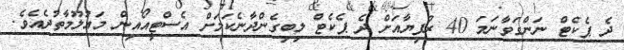
ދެ ޕެކެޓް ނަންގަވާނަމަ 40 ރުފިޔާއަށް ދެ ޕެކެޓް ލިބިގެންދާނެކަމަށް އެސްޓީއޯއިން މައުލޫމާތުދެއެވެ.